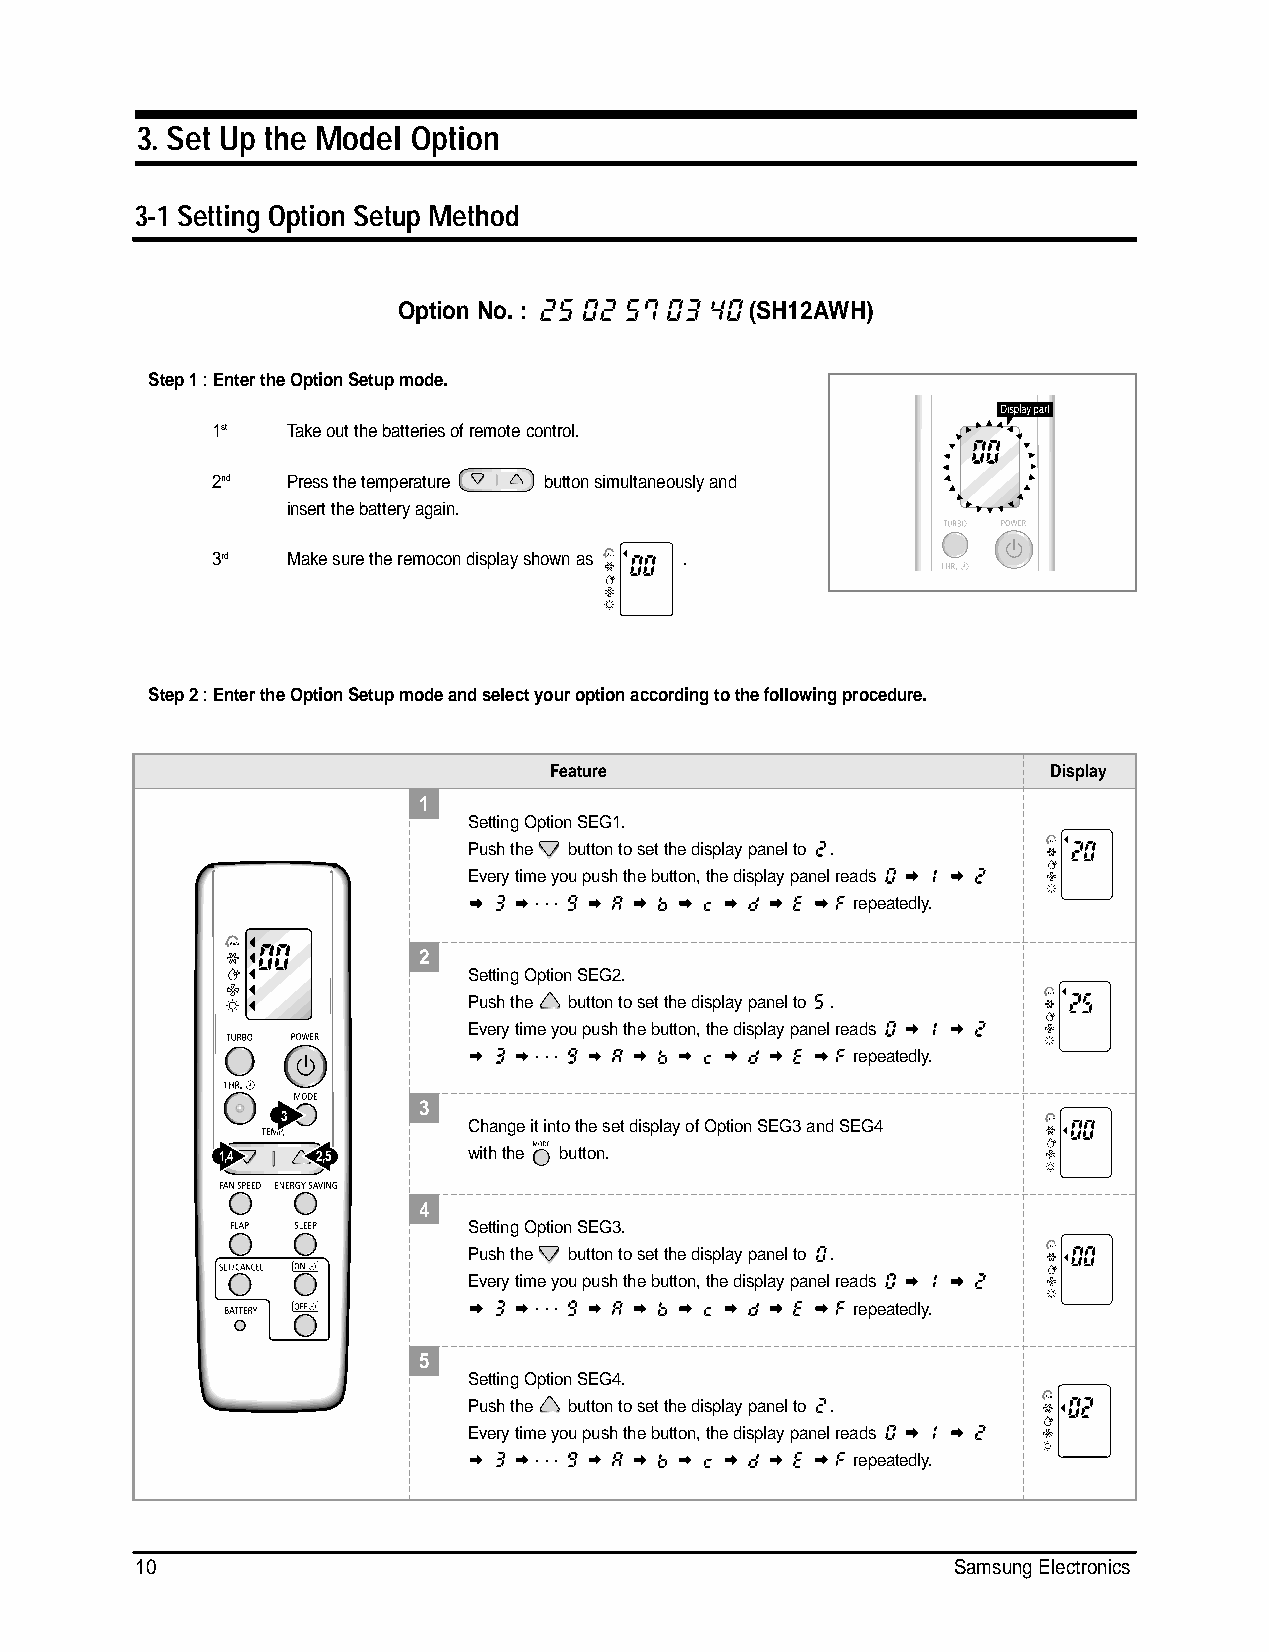
DB98_15924A(2)_1 04/3/8 11:29 AM Page 10
 3. Set Up the Model Option
 3-1 Setting Option Setup Method
 Option No. :           (SH12AWH)
 Step 1: Enter the Option Setup mode.
 1st  Take out the batteries of remote control.
 2nd  Press the temperature button simultaneously and
 insert the battery again.
 3rd  Make sure the remocon display shown as .
 Step 2: Enter the Option Setup mode and select your option according to the following procedure.
 Feature                          Display
 1
 Setting Option SEG1.
 Push the button to set the display panel to .
 Every time you push the button, the display panel reads
 . . .                repeatedly.
 2
 Setting Option SEG2.
 Push the button to set the display panel to .
 Every time you push the button, the display panel reads
 . . .                repeatedly.
 3
 3
 Change it into the set display of Option SEG3 and SEG4
 1,4   2,5       with the button.
 4
 Setting Option SEG3.
 Push the button to set the display panel to .
 Every time you push the button, the display panel reads
 . . .                repeatedly.
 5
 Setting Option SEG4.
 Push the button to set the display panel to .
 Every time you push the button, the display panel reads
 . . .                repeatedly.
 10                                                    Samsung Electronics